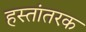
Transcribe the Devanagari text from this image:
हस्तांतरक